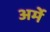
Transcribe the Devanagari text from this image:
अर्मे